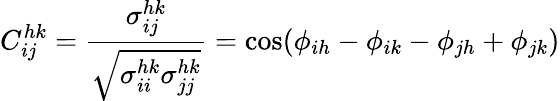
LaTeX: C_{ij}^{hk}=\frac{\sigma_{ij}^{hk}}{\sqrt{\sigma_{ii}^{hk}\sigma_{jj}^{hk}}}=\cos(\phi_{ih}-\phi_{ik}-\phi_{jh}+\phi_{jk})